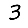
Digit: 3